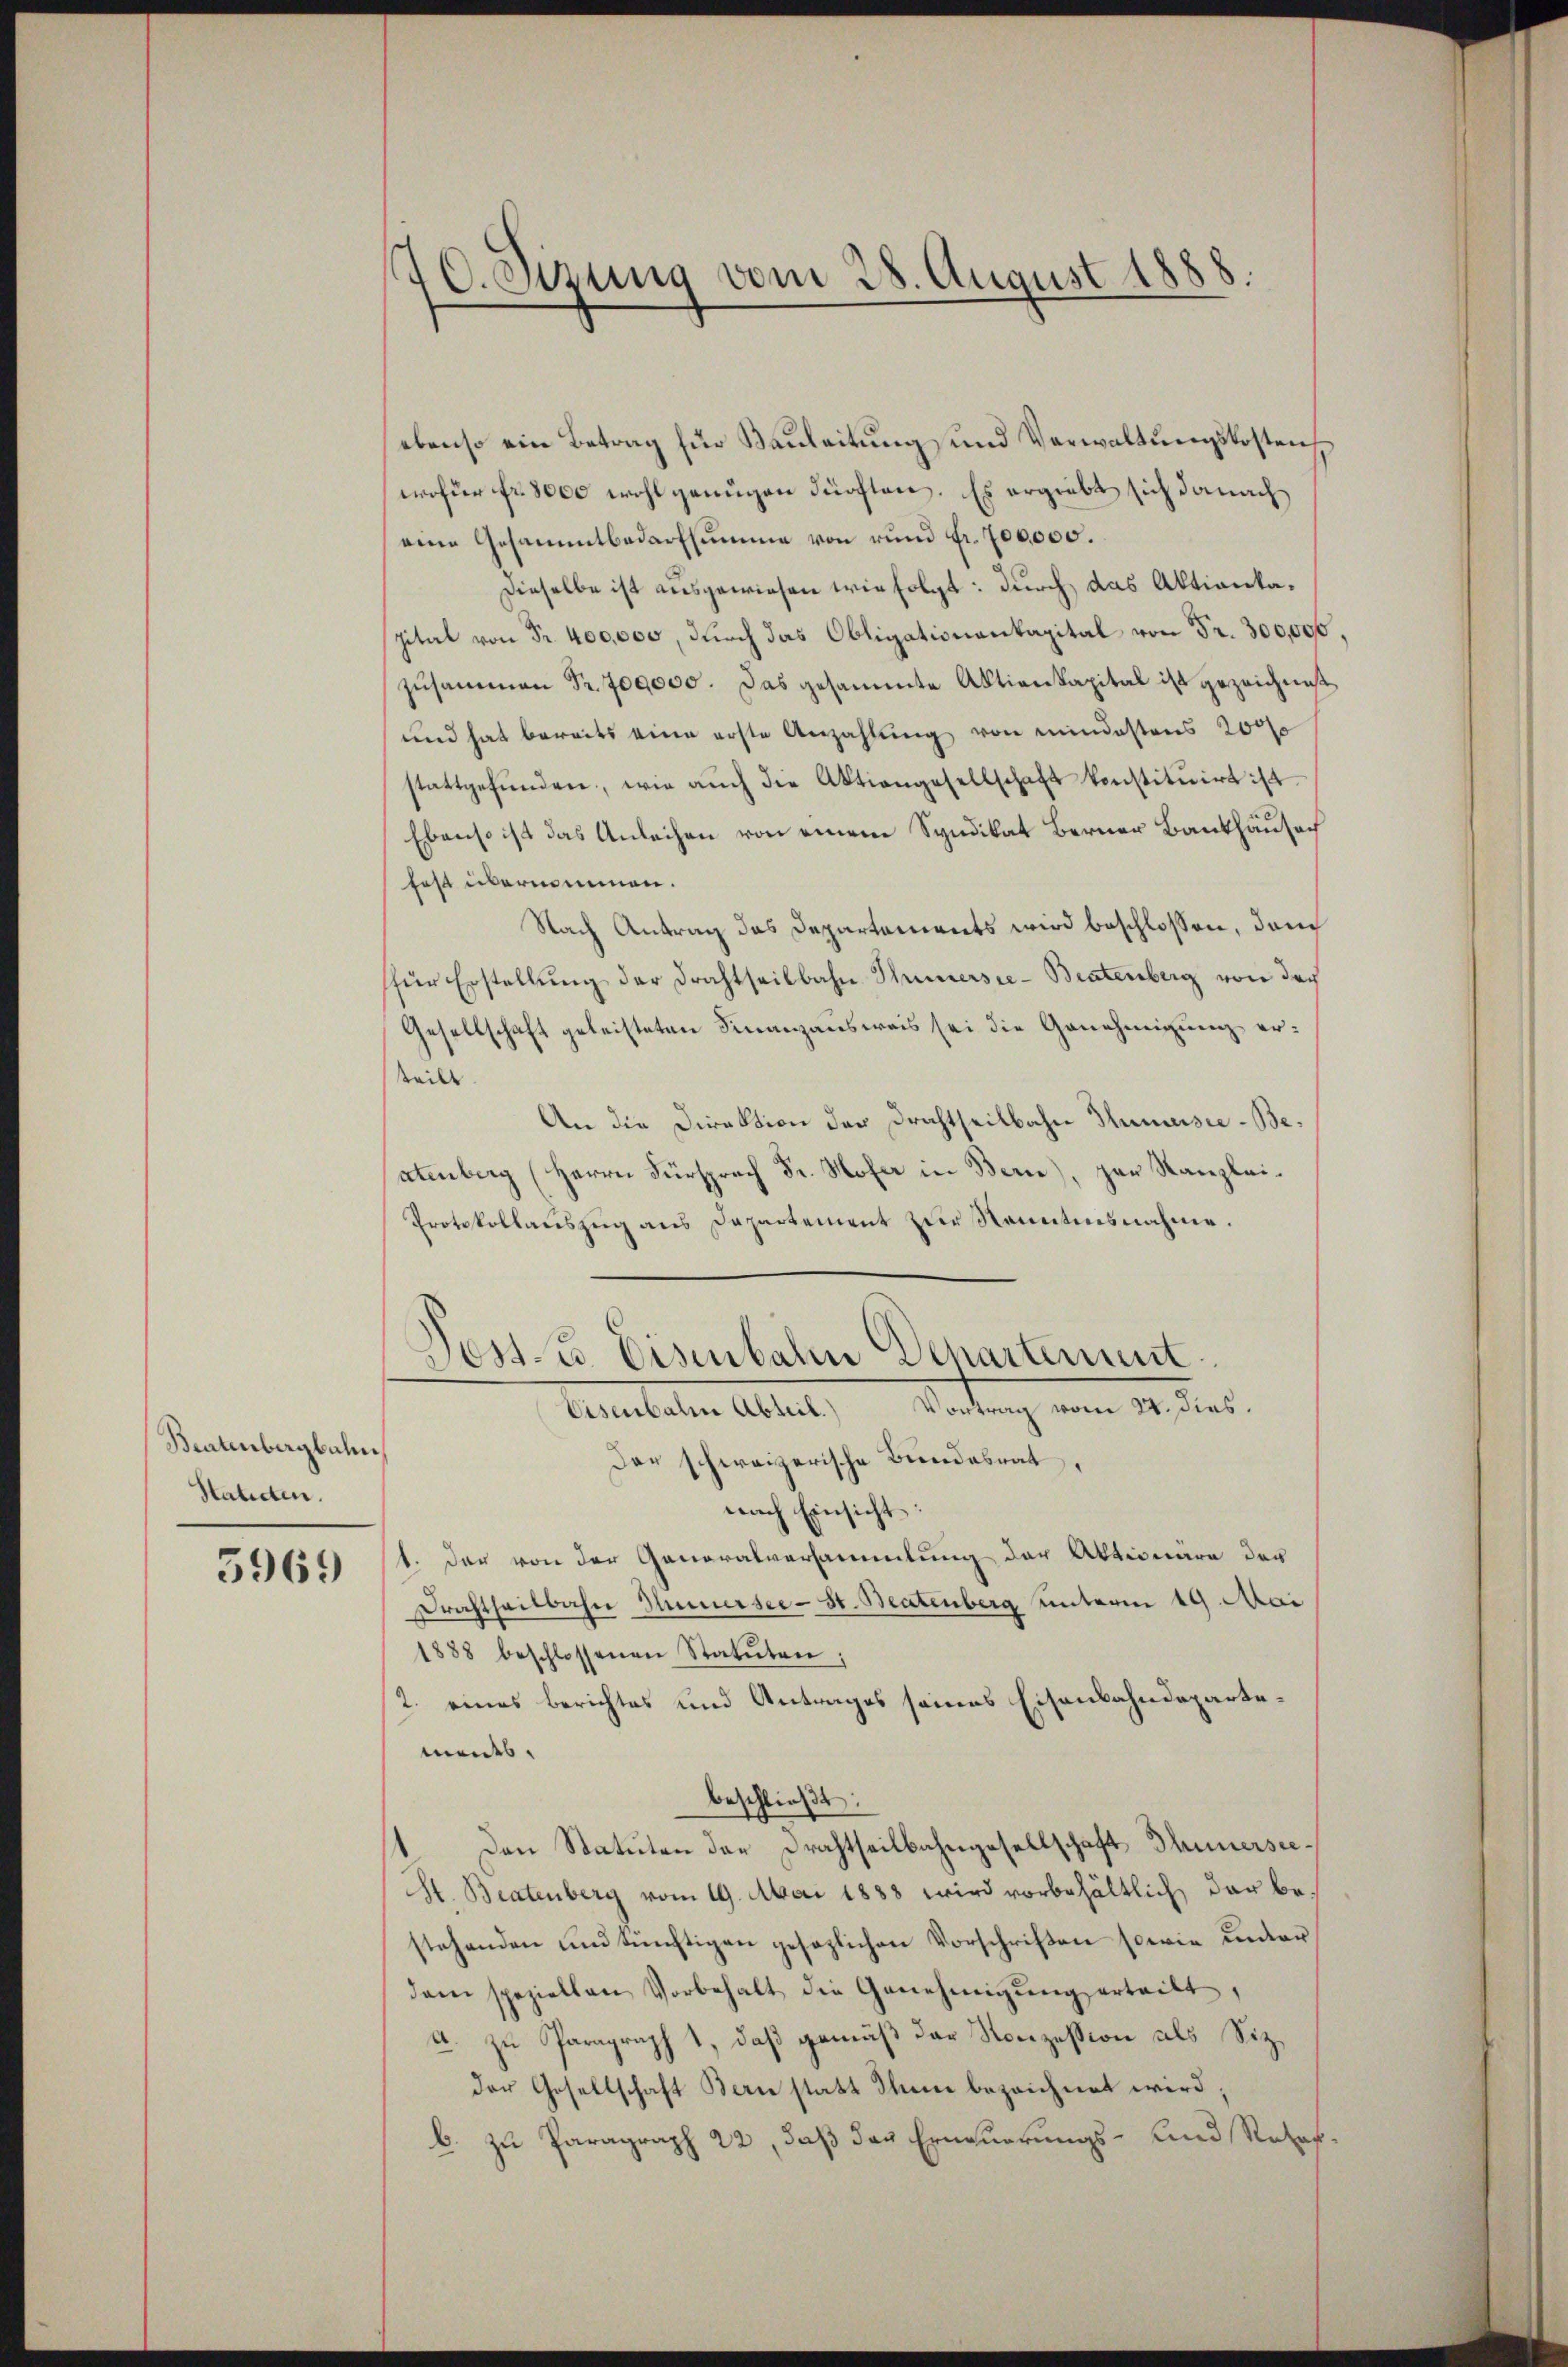
Beatenbergbahn
Statuten.

3969

70. Sizung vom 28. August 1888.

ebenso ein Betrag für Bauleitung und Verwaltungskosten
wofür fr. 8000 wohl genügen dürften. Es ergiebt sich danach
eine Gesammtbedarfsumme von rund Fr. 700,000.
Dieselbe ist ausgewiesen wie folgt: durch das Aktientapital von Fr. 400,000, durch das Obligationenkapital von Fr. 300,000.
zusammen Fr. 709000. Das gesammte Aktienkapital ist gezeichnet,
und hat bereits eine erste Anzahlung von mindestens 2000
stattgefŭnden, wie aŭch die Aktiengesellschaft konstituirt ist
Ebenso ist das Anleihen von einem Syndikat Berner Bankhausech
fest übernommen.
Nach Antrag das Departements wird beschlossen, dem
für Erstellŭng der Drahtseitbahn Hünersee-Bratenberg von der
Gesellschaft geleisteten Finanzausweis sei die Genehmigung erteile
An die Direktion der Drahtseitbahn Humeiste-Beatenberg (Herrn Fürsprach Dr. Hofer in Berne), zur Kanzlei¬
Protokollauszug aus Departement zur Kenntensnahme.
Poss. Eisenbahn Departement.
n
Vartung vom 14. Jes.
Cementhalten Altert,
Der schweizerische Bundesrat,
nach Einsicht
1. Der von der Generalversammlung der Aktionäre der
Drahtheilbahn Innersee - St. Beatenberg unterm 19 Mai
1888 beschlossenen Statŭten;
2. eines Berichtes und Antrages seines Eisenbahndepartements.
beschließt:
1 Den Statuten der Drahtheilbahngesellschaft Thunersee¬
H. Bratenberg vom 19. Mai 1883 wird vorbehältlich, das bestehenden und künftigen gesezlichen Vorschriften sowie unter
dam speziellen Vorbehalt die Genehmigŭng erteilt,
u. zu Paragraph 1, daß gemäß der Konzession als Sitzder Gesellschaft Bern statt Ihnn bezeichnet wird;
b. zu Paragraph 22, daß das Erneuerungs- und Rehaf¬